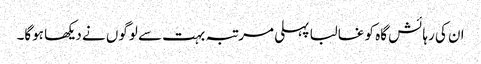
ان کی رہائش گاہ کو غالبا پہلی مرتبہ بہت سے لوگوں نے دیکھا ہوگا۔